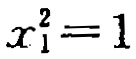
\(x_{1}^{2}=1\)